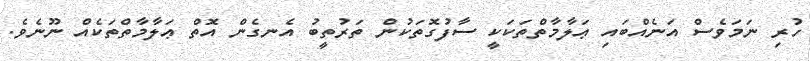
ހުރި ނަމަވެސް އަނެއްބައި ޢަލާމާތްތަކަކީ ސާފުގޮތަކުން ތަރުތީބު އެނގެން އޮތް ޢަލާމާތްތަކެއް ނޫނެވެ.